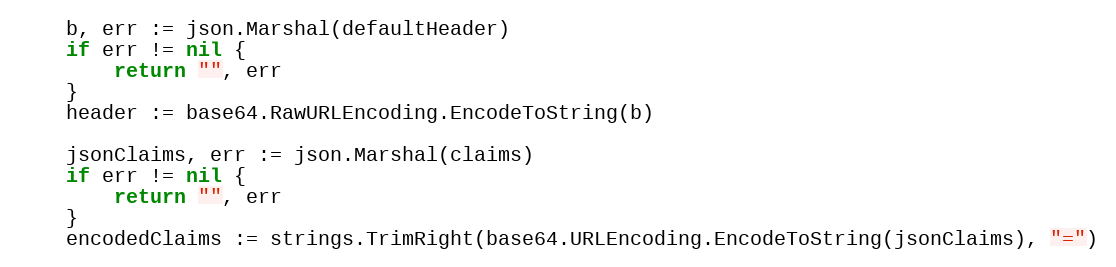
Language: Go
	b, err := json.Marshal(defaultHeader)
	if err != nil {
		return "", err
	}
	header := base64.RawURLEncoding.EncodeToString(b)

	jsonClaims, err := json.Marshal(claims)
	if err != nil {
		return "", err
	}
	encodedClaims := strings.TrimRight(base64.URLEncoding.EncodeToString(jsonClaims), "=")